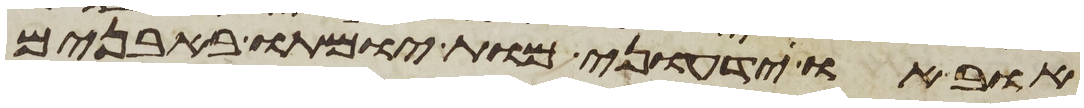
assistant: אוב או ידעוני מות יומתו באבנים